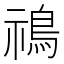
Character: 𩿷